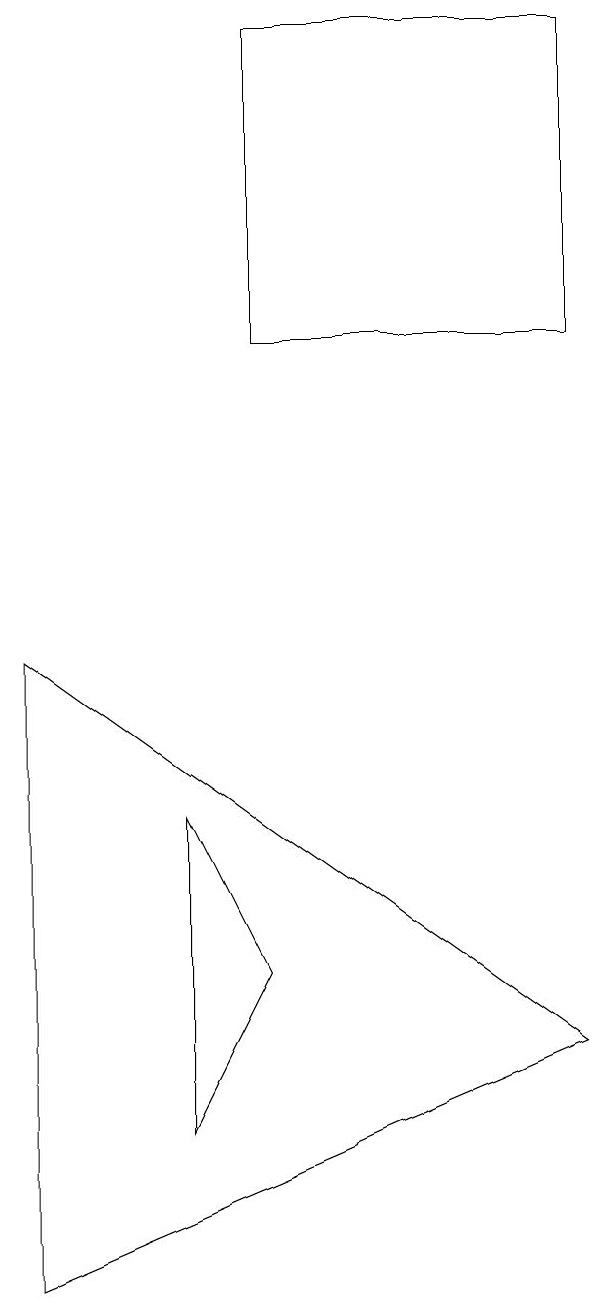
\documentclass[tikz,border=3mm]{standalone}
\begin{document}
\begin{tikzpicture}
\draw (9,3) -- (2,8) -- (2,0) -- cycle;
\draw (9,12) rectangle (5,16);
\draw (4,6) -- (4,2) -- (5,4) -- cycle;
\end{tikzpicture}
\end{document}